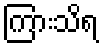
ကြားသိရ